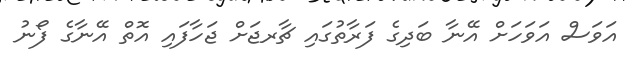
އަވަސް އަވަހަށް އޭނާ ބަދިގެ ފަރާތުގައި ޗާރޖަށް ޖަހާފައި އޮތް އޭނާގެ ފޯނު